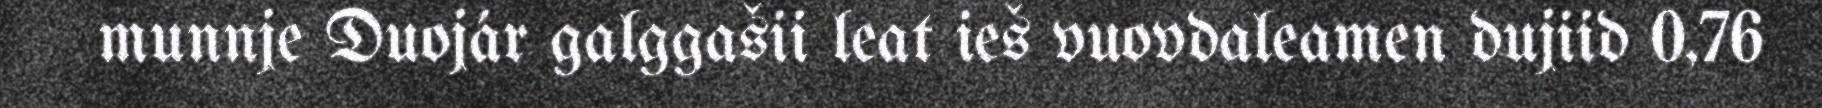
munnje Duojár galggašii leat ieš vuovdaleamen dujiid 0,76